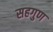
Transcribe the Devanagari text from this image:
सहगुण